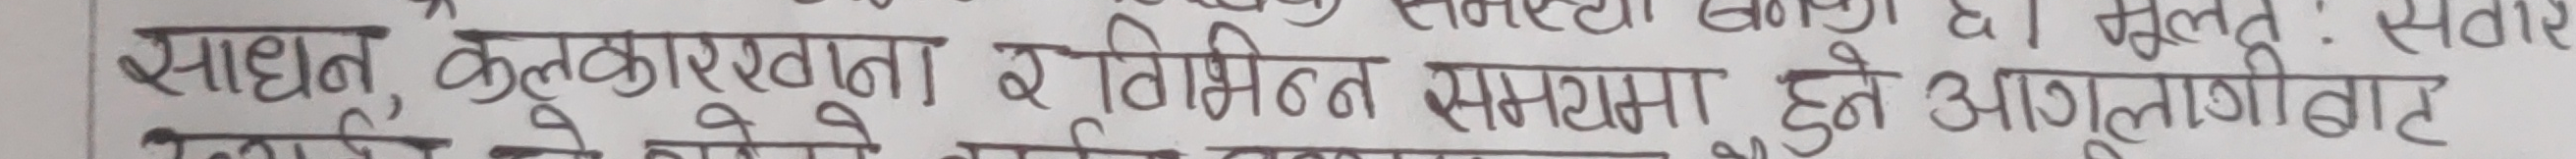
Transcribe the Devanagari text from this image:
साधन, कुल कारोबार खाता र विभिन्न समस्यामा हुने आगलागीबाट